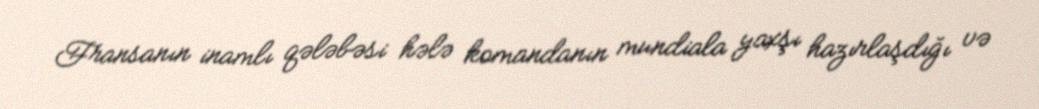
Fransanın inamlı qələbəsi hələ komandanın mundiala yaxşı hazırlaşdığı və